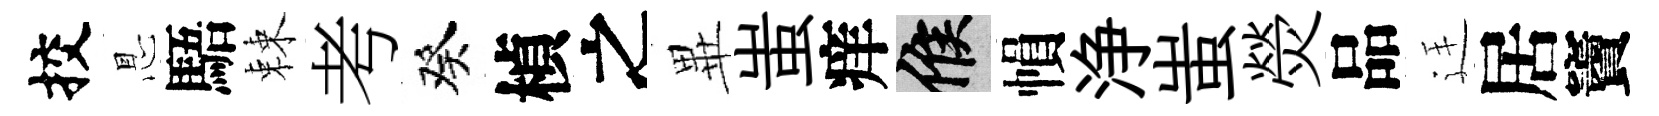
挍㤙䮏棘考癸楨之𭺾蚩痒候𢄙浄蚩熒品廷居竇